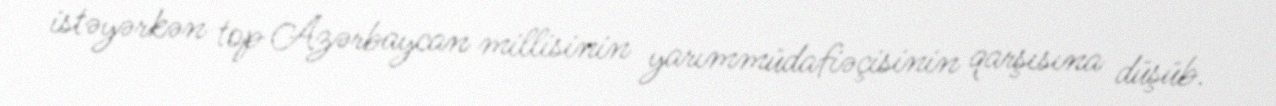
istəyərkən top Azərbaycan millisinin yarımmüdafiəçisinin qarşısına düşüb.